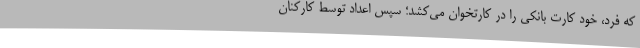
که فرد، خود کارت بانکی را در کارتخوان می‌کشد؛ سپس اعداد توسط کارکنان